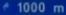
1000 m